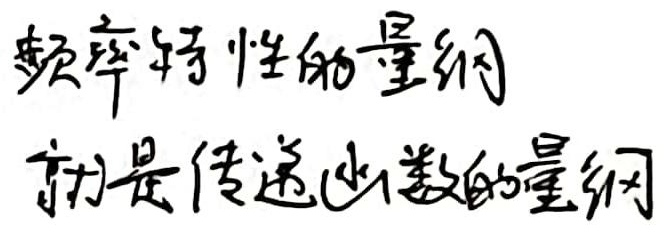
频率特性的量纲就是传递函数的量纲